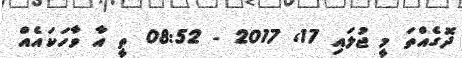
ދޮގެއްތަ މީ ޖުލައި 17